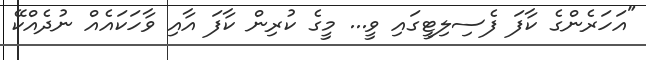
"އަހަރެންގެ ކާފަ ފެސިލިޓީގައި ވީ... މީގެ ކުރިން ކާފަ އާއި ވާހަކައެއް ނުދެއްކޭ